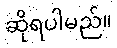
ဆိုရပါမည်။